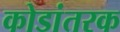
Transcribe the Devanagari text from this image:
कोडांतरक